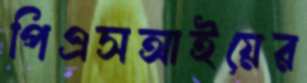
পিএসআইয়ের